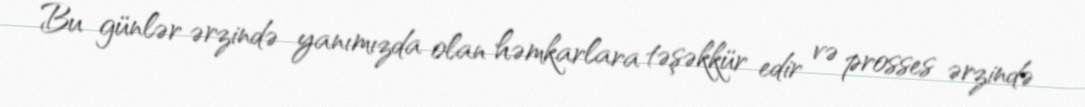
Bu günlər ərzində yanımızda olan həmkarlara təşəkkür edir və prosses ərzində